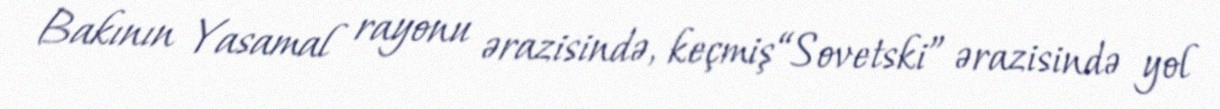
Bakının Yasamal rayonu ərazisində, keçmiş “Sovetski” ərazisində yol